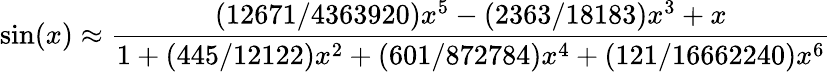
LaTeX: \sin(x)\approx{\frac{(12671/4363920)x^{5}-(2363/18183)x^{3}+x}{1+(445/12122)x^{2}+(601/872784)x^{4}+(121/16662240)x^{6}}}